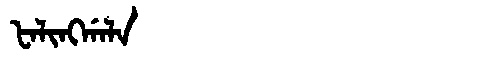
Manchu: ᡶᠠᠯᡳᠩᡤᠠᠯᠠ
Romanization: FALINGGALA